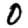
Digit: 0